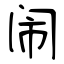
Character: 闹